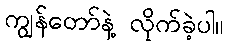
ကျွန်တော်နဲ့ လိုက်ခဲ့ပါ။